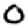
Digit: 0